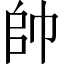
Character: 帥